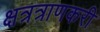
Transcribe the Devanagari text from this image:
क्षत्रत्राणकरी